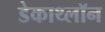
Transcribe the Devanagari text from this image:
डेकाथ्लॉन